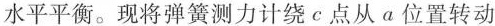
水平平衡。现将弹簧测力计绕c点从a位置转动